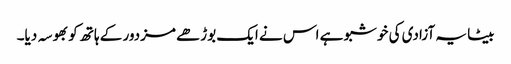
بیٹا یہ آزادی کی خوشبو ہے اس نے ایک بوڑھے مزدور کے ہاتھ کو بھوسہ دیا۔